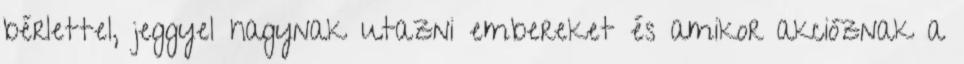
bérlettel, jeggyel hagynak utazni embereket és amikor akcióznak a